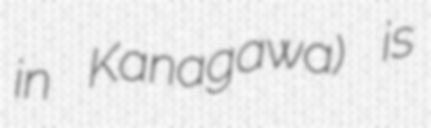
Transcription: in Kanagawa) is